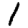
Digit: 1